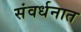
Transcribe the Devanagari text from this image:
संवर्धनात